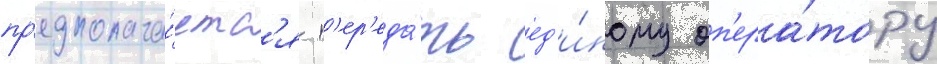
пр'едполага́етс'я п'ер'еда́ть ед'и́ному оп'ера́тору